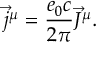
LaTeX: \vec { j } ^ { \mu } = \frac { e _ { 0 } c } { 2 \pi } \vec { J } ^ { \mu } .